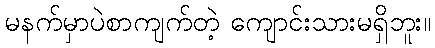
မနက်မှာပဲစာကျက်တဲ့ ကျောင်းသားမရှိဘူး။